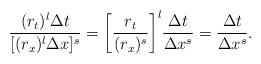
LaTeX: \begin{align*} \frac{(r_t)^l \Delta t}{[(r_x)^{l} \Delta x]^s} = \bigg[ \frac{r_t}{(r_x)^s} \bigg]^l \frac{\Delta t}{\Delta x^s} = \frac{\Delta t}{\Delta x^s}.\end{align*}